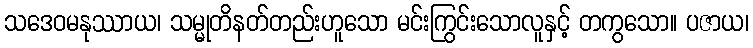
သဒေဝမနုဿာယ၊ သမ္မုတိနတ်တည်းဟူသော မင်းကြွင်းသောလူနှင့် တကွသော။ ပဇာယ၊